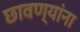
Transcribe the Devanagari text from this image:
छावण्यांना